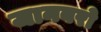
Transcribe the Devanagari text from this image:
जानबरो